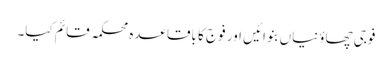
فوجی چھاؤنیاں بنوائیں اور فوج کا باقاعدہ محکمہ قائم کیا۔